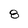
Character: 8